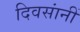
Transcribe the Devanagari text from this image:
दिवसांनीं